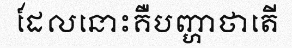
ដែលនោះគឺបញ្ហាថាតើ